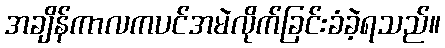
အချိန်ကာလကပင်အမဲလိုက်ခြင်းခံခဲ့ရသည်။